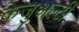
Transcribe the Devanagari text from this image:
केजुअल्टी